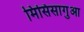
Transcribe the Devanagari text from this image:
मिसिसागुआ